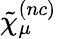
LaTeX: \tilde{\chi}_{\mu}^{(nc)}